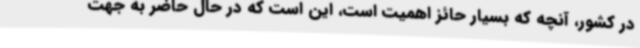
در کشور، آنچه که بسیار حائز اهمیت است، این است که در حال حاضر به جهت